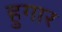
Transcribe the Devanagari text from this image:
हुगार